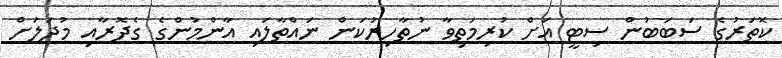
ކޮތަރުގެ ސަބަބުން ސިޓީ އަށް ކުރިމަތިވާ ނުތާހިރުކަން ނައްތާލައި އާންމުންގެ ގެދޮރާއި މުދަލަށް